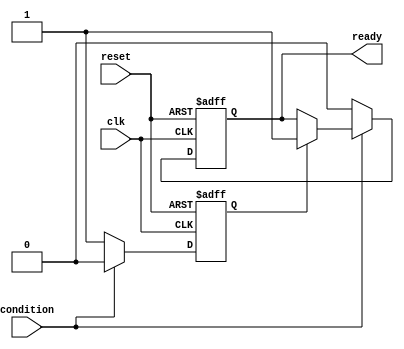
module conditional_wait (
    input wire clk,          // Clock signal
    input wire reset,        // Reset signal
    input wire condition,    // Condition signal to check
    output reg ready         // Output to indicate readiness
);

    // Internal state
    reg waiting;

    always @(posedge clk or posedge reset) begin
        if (reset) begin
            // Reset the state
            waiting <= 1'b0;
            ready <= 1'b0;
        end else begin
            // Conditional wait behavior
            if (!condition) begin
                // If condition is false, enter waiting state
                waiting <= 1'b1;
                ready <= 1'b0; // Not ready while waiting
            end else if (waiting) begin
                // Condition has become true, exit waiting state
                waiting <= 1'b0;
                ready <= 1'b1; // Ready to proceed
            end
            // Additional logic can be included here if needed
        end
    end

endmodule